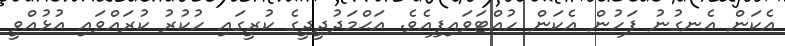
އެކަން އެނގުނު ފަހުން އެކަން ހުއްޓަވައިފިއެވެ. އަޙްމަދުދީދީގެ ކުރީގައި ހުކުރު ކުރައްވައި އުޅުއްވީ